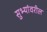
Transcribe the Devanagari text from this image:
सुभ्यांवरील